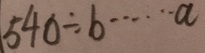
5 4 0 \div b \cdots a